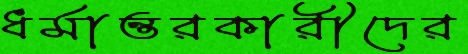
ধর্মান্তরকারীদের